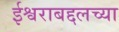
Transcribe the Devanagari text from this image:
ईश्वराबद्दलच्या